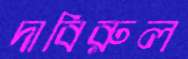
দাবিরুল